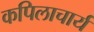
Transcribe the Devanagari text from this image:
कपिलाचार्य